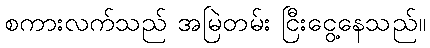
စကားလက်သည် အမြဲတမ်း ငြီးငွေ့နေသည်။